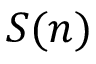
S ( n )